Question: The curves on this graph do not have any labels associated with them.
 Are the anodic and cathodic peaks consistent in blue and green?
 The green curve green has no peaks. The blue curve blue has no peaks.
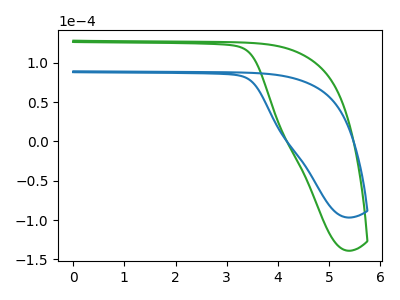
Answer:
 <answer>Niether CV has any peaks.</answer>
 <eval>blanks</eval>